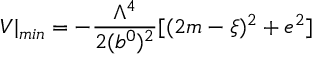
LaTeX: V | _ { m i n } = - { \frac { \Lambda ^ { 4 } } { 2 ( b ^ { 0 } ) ^ { 2 } } } [ ( 2 m - \xi ) ^ { 2 } + e ^ { 2 } ]